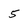
Character: 5